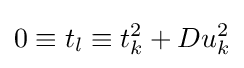
0\equiv t_{l}\equiv t_{k}^{2}+Du_{k}^{2}